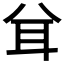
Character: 𦔯